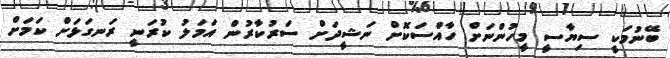
ބޭނުމަކީ ސިޔާސީ މީހުންނަށް ހާއްސަކޮށް ނަޝީދަށް ސަރުކާރުން އަމަލު ކުރަނީ ރަނގަޅަށް ކަމަށް